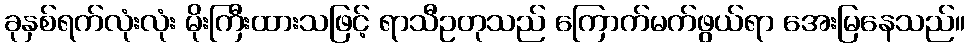
ခုနှစ်ရက်လုံးလုံး မိုးကြီးထားသဖြင့် ရာသီဥတုသည် ကြောက်မက်ဖွယ်ရာ အေးမြနေသည်။